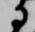
に